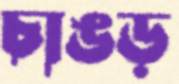
চাঙড়